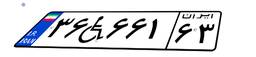
۳۲W۶۶۲۳۲